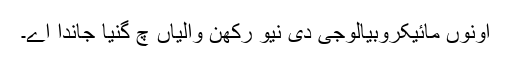
اونوں مائیکروبیالوجی دی نیو رکھن والیاں چ گنیا جاندا اے۔